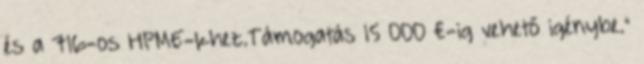
és a 716-os HPME-khez.Támogatás 15 000 €-ig vehető igénybe.”